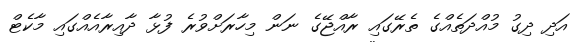
އަދި ދިގު މުއްދަތެއްގެ ތެރޭގައި ރާއްޖޭގެ ނަން މިހާރަށްވުރެ ފުޅާ ދާއިރާއެއްގައި މާކެޓް